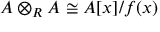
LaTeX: A \otimes _ { R } A \cong A [ x ] / f ( x )